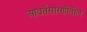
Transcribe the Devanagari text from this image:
आवर्तसारणीतील